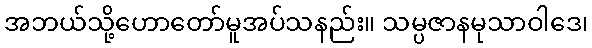
အဘယ်သို့ဟောတော်မူအပ်သနည်း။ သမ္ပဇာနမုသာဝါဒေ၊